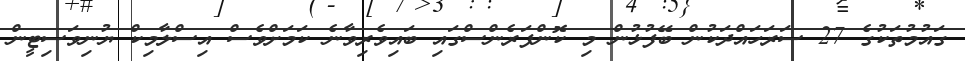
ގައުމުތަކުގެ 27 ސަރަހައްދަކުން ބޭފުޅުން މި ކޮންފަރެންސްގައި ބައިވެރިވާނެ ކަމަށްވެސް އިސްލާމިކް ޔުނިވަސިޓީން